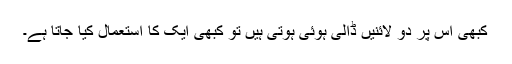
کبھی اس پر دو لائنیں ڈالی ہوئی ہوتی ہیں تو کبھی ایک کا استعمال کیا جاتا ہے۔